Indian Civil Veterinary Department memoirs
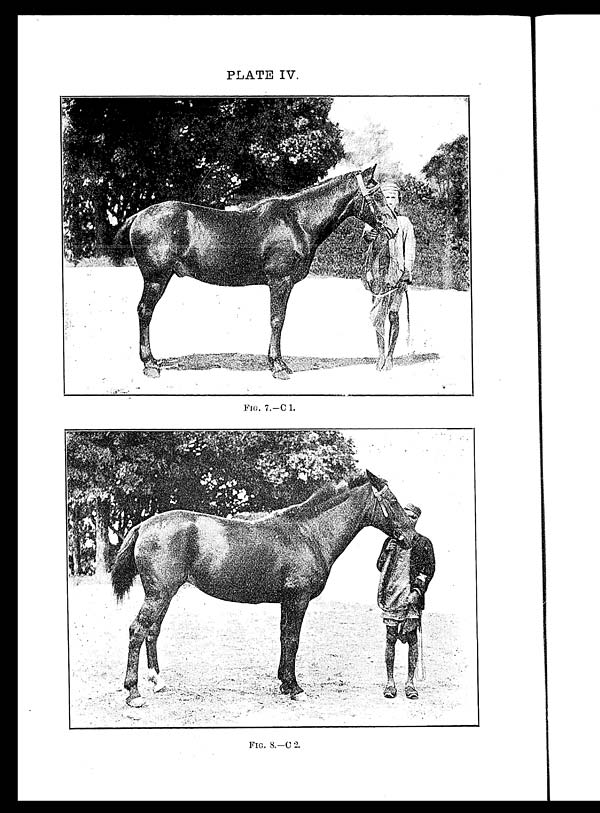
PLATE IV.
FIG. 7.-C 1.
FIG. 8.-C 2.